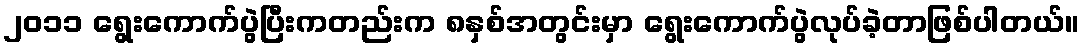
၂၀၁၁ ရွေးကောက်ပွဲပြီးကတည်းက ၈နှစ်အတွင်းမှာ ရွေးကောက်ပွဲလုပ်ခဲ့တာဖြစ်ပါတယ်။